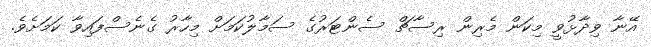
އޭނާ ވިދާޅުވީ މިކަން މެރިން ރިސާޗް ސެންޓަރުގެ ސަމާލުކަމަށް މިހާރު ގެނެސްފައިވާ ކަމަށެވެ.